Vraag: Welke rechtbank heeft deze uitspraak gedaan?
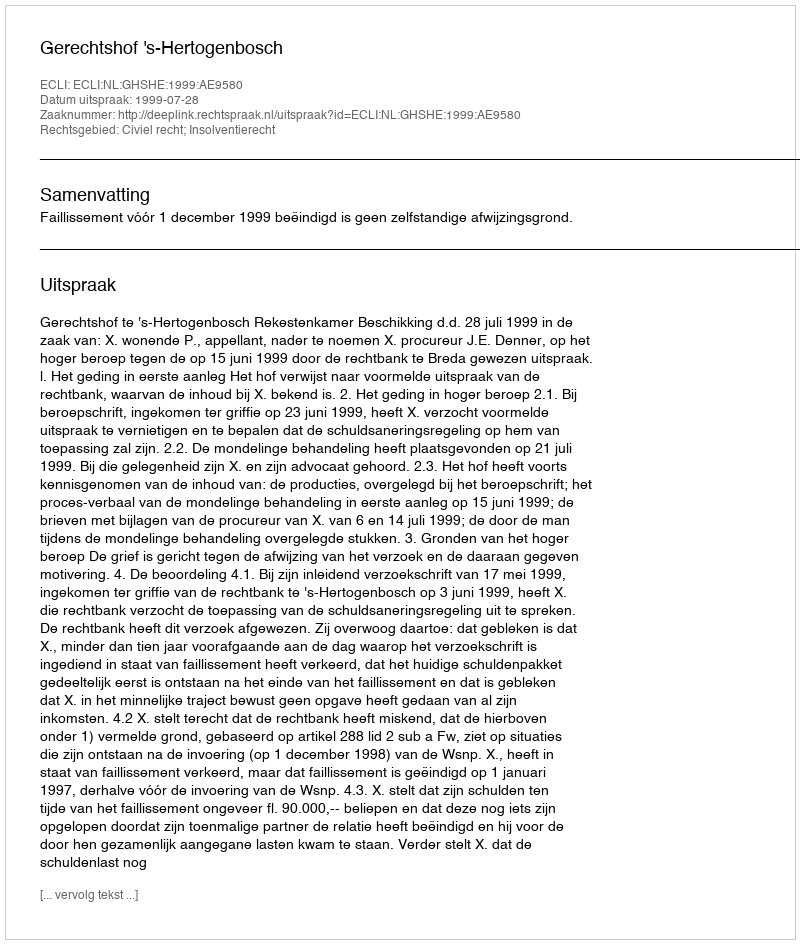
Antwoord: Gerechtshof 's-Hertogenbosch